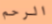
الرحم